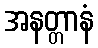
အနတ္တာနံ